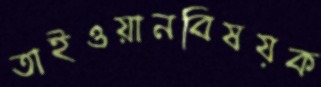
তাইওয়ানবিষয়ক